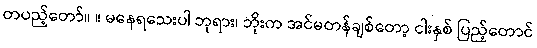
တပည့်တော်။ ။ မနေရသေးပါ ဘုရား၊ ဘိုးက အင်မတန်ချစ်တော့ ငါးနှစ် ပြည့်တောင်